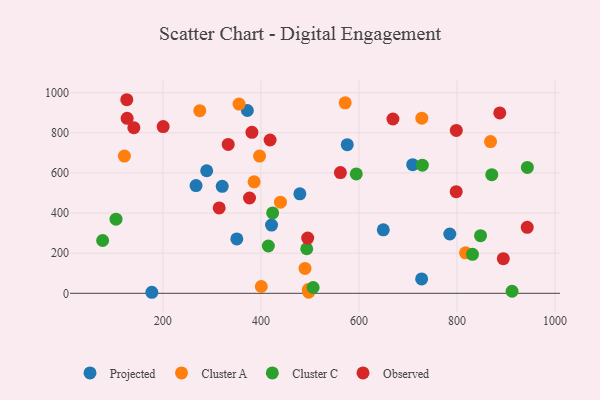
{"axis": {"x": "Investment", "y": "Fuel Efficiency"}, "legend": ["Cluster A", "Cluster C", "Observed", "Projected"], "data": [{"x": "576.2", "y": 741.1, "type": "Projected"}, {"x": "267.7", "y": 536.9, "type": "Projected"}, {"x": "728.0", "y": 71.7, "type": "Projected"}, {"x": "321.1", "y": 533.1, "type": "Projected"}, {"x": "350.9", "y": 270.9, "type": "Projected"}, {"x": "177.5", "y": 5.1, "type": "Projected"}, {"x": "785.4", "y": 295.7, "type": "Projected"}, {"x": "372.4", "y": 911.3, "type": "Projected"}, {"x": "289.4", "y": 610.9, "type": "Projected"}, {"x": "649.7", "y": 316.4, "type": "Projected"}, {"x": "709.7", "y": 641.1, "type": "Projected"}, {"x": "421.7", "y": 340.0, "type": "Projected"}, {"x": "479.5", "y": 496.1, "type": "Projected"}, {"x": "355.4", "y": 943.3, "type": "Cluster A"}, {"x": "572.0", "y": 949.7, "type": "Cluster A"}, {"x": "868.5", "y": 756.4, "type": "Cluster A"}, {"x": "817.6", "y": 201.7, "type": "Cluster A"}, {"x": "275.3", "y": 910.3, "type": "Cluster A"}, {"x": "400.8", "y": 33.9, "type": "Cluster A"}, {"x": "397.3", "y": 684.0, "type": "Cluster A"}, {"x": "496.8", "y": 19.0, "type": "Cluster A"}, {"x": "386.2", "y": 555.7, "type": "Cluster A"}, {"x": "439.9", "y": 454.1, "type": "Cluster A"}, {"x": "490.0", "y": 123.9, "type": "Cluster A"}, {"x": "497.6", "y": 5.8, "type": "Cluster A"}, {"x": "121.5", "y": 684.2, "type": "Cluster A"}, {"x": "728.3", "y": 873.0, "type": "Cluster A"}, {"x": "493.5", "y": 222.0, "type": "Cluster C"}, {"x": "424.0", "y": 400.7, "type": "Cluster C"}, {"x": "912.5", "y": 10.3, "type": "Cluster C"}, {"x": "506.6", "y": 28.8, "type": "Cluster C"}, {"x": "594.6", "y": 595.2, "type": "Cluster C"}, {"x": "729.4", "y": 638.7, "type": "Cluster C"}, {"x": "415.2", "y": 235.7, "type": "Cluster C"}, {"x": "831.7", "y": 194.1, "type": "Cluster C"}, {"x": "943.7", "y": 627.4, "type": "Cluster C"}, {"x": "871.1", "y": 591.5, "type": "Cluster C"}, {"x": "104.4", "y": 369.5, "type": "Cluster C"}, {"x": "77.1", "y": 263.1, "type": "Cluster C"}, {"x": "848.1", "y": 287.1, "type": "Cluster C"}, {"x": "314.9", "y": 425.5, "type": "Observed"}, {"x": "887.4", "y": 899.0, "type": "Observed"}, {"x": "140.8", "y": 825.7, "type": "Observed"}, {"x": "376.8", "y": 475.0, "type": "Observed"}, {"x": "126.4", "y": 965.0, "type": "Observed"}, {"x": "127.1", "y": 872.4, "type": "Observed"}, {"x": "333.3", "y": 742.3, "type": "Observed"}, {"x": "669.4", "y": 868.9, "type": "Observed"}, {"x": "943.4", "y": 328.9, "type": "Observed"}, {"x": "418.8", "y": 764.1, "type": "Observed"}, {"x": "200.6", "y": 831.1, "type": "Observed"}, {"x": "894.6", "y": 172.7, "type": "Observed"}, {"x": "562.2", "y": 601.8, "type": "Observed"}, {"x": "798.7", "y": 812.1, "type": "Observed"}, {"x": "495.5", "y": 275.1, "type": "Observed"}, {"x": "798.5", "y": 506.4, "type": "Observed"}, {"x": "381.7", "y": 802.4, "type": "Observed"}]}